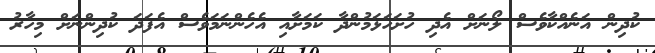
ކުދިން އަނެއްކާވެސް ލޯނަށް އެދި ހުށަހަޅަމުންދާ ކަމަށާއި އެހެންނަމަވެސް އެފަދަ ކުދިންނަށް މިހާރު